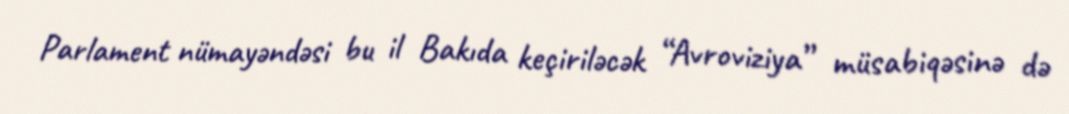
Parlament nümayəndəsi bu il Bakıda keçiriləcək “Avroviziya” müsabiqəsinə də